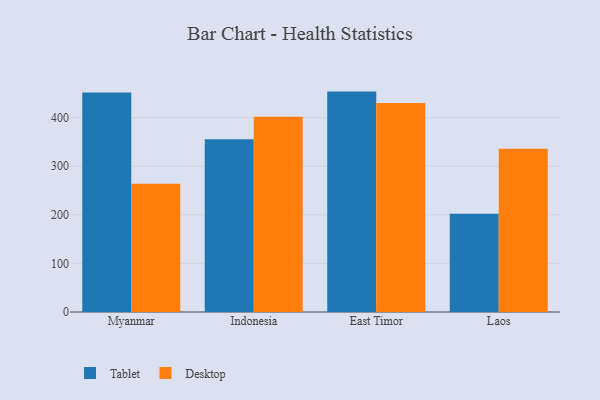
{"axis": {"x": "Country", "y": "Gross Profit (USD K)"}, "legend": ["Desktop", "Tablet"], "data": [{"x": "Myanmar", "y": 451.3, "type": "Tablet"}, {"x": "Myanmar", "y": 264.0, "type": "Desktop"}, {"x": "Indonesia", "y": 355.6, "type": "Tablet"}, {"x": "Indonesia", "y": 401.6, "type": "Desktop"}, {"x": "East Timor", "y": 453.4, "type": "Tablet"}, {"x": "East Timor", "y": 429.7, "type": "Desktop"}, {"x": "Laos", "y": 201.9, "type": "Tablet"}, {"x": "Laos", "y": 335.8, "type": "Desktop"}]}